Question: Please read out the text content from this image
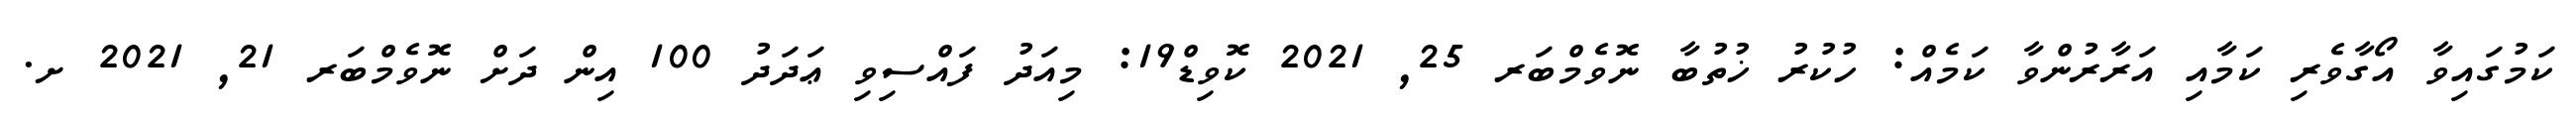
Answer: ކަމުގައިވާ އޯގާވެރި ކަމާއި އަރާރުންވާ ކަމެއް: ހުކުރު ޚުތުބާ ނޮވެމްބަރ 25, 2021 ކޮވިޑް19: މިއަދު ފައްސިވި ޢަދަދު 100 އިން ދަށް ނޮވެމްބަރ 21, 2021 ށ.